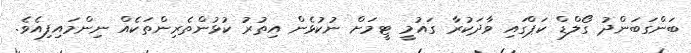
ބަންގަބަންދު ގޯލްޑް ކަޕްގައި ވާދަކުރާ ގައުމީ ޓީމަށް ނުކުޅެން އިތުރު ކުޅުންތެރިންތަކެއް ނިންމައިފިއެވެ.